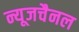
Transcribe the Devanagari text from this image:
न्यूजचैनल